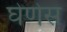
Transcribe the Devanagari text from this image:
घेणेस